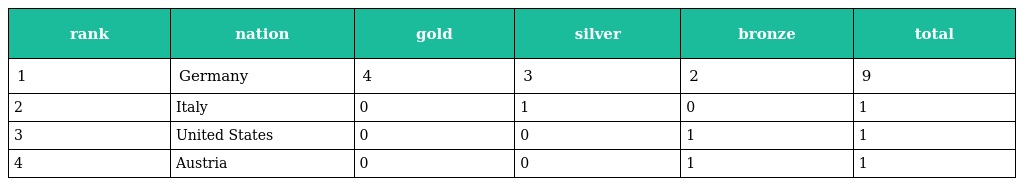
| rank | nation | gold | silver | bronze | total |
 | --- | --- | --- | --- | --- | --- |
 | 1 | Germany | 4 | 3 | 2 | 9 |
 | 2 | Italy | 0 | 1 | 0 | 1 |
 | 3 | United States | 0 | 0 | 1 | 1 |
 | 4 | Austria | 0 | 0 | 1 | 1 |